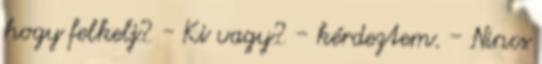
hogy felkelj? - Ki vagy? - kérdeztem. - Nincs